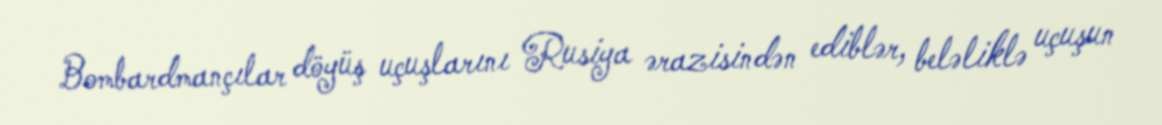
Bombardmançılar döyüş uçuşlarını Rusiya ərazisindən ediblər, beləliklə uçuşun